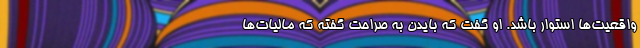
واقعیت‌ها استوار باشد. او گفت که بایدن به صراحت گفته که مالیات‌ها